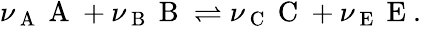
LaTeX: \begin{array}{r}{\nu_{\mathrm{~A~}}\mathrm{~A~}+\nu_{\mathrm{~B~}}\mathrm{~B~}\rightleftharpoons\nu_{\mathrm{~C~}}\mathrm{~C~}+\nu_{\mathrm{~E~}}\mathrm{~E~}.}\end{array}